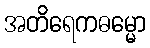
အတိရေကဓမ္မော